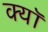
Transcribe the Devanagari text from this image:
क्यॉ